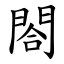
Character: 閤